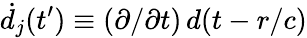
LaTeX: \dot{d}_{j}(t^{\prime})\equiv(\partial/\partial t)\, d(t-r/c)